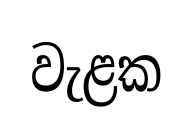
වැළක